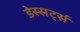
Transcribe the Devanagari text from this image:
डेस्सर्ट्स